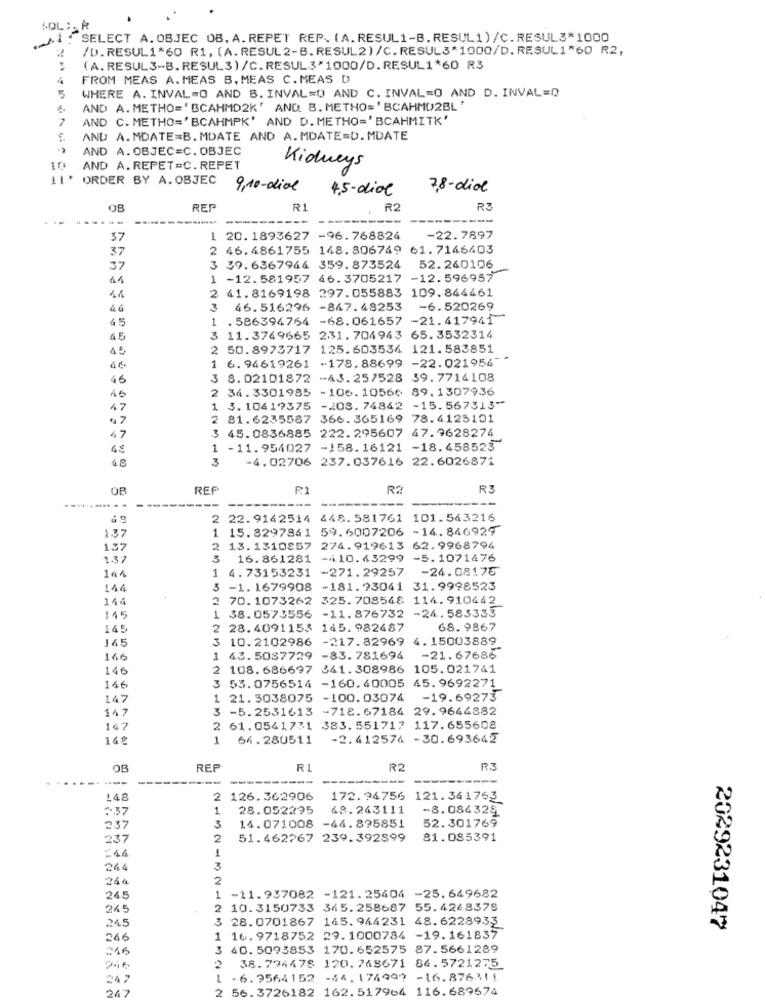
. SELECT A. OBJEC OB. A. REPET REP. (A. RESUL1-B. RESUL1)/C. RESUL3*1000
/D.RESUL1*60 R1, (A.RESUL 2-B. RESUL2)/C.RESUL3*1000/D.RESUL1"60 R2,
(A. RESUL3-B.RESUL3)/C.RESUL3*1000/D.RESUL1*60 R3
4
FROM MEAS A.MEAS B, MEAS C.MEAS D
5
WHERE A. INVAL=O AND B. INVAL=0 AND C. INVAL=O AND D. INVAL=D
AND A. METHO=' BCAHMD2K' AND. B. METHO=' BCAHMD2BL "
7
AND C. METHO='BCAHMPK' AND D. METHO='BCAHMITK'
AND A. MDATE=B. MDATE AND A.MDATE=D. MDATE
AND A. OBJEC=C. OBJEC
Kidneys
AND A.REPET=C. REPET
LI* ORDER BY A. OBJEC
9,10-dial
4.5-dial
7,8-dial
OB
REP
R1
R2
----
37
1 20.1893627 -96.768824
-22.7897
2 46.4861755 148.806749 61.7146403
37
37
3 39.6367946 359.873524
52.240106
1 -12.581957 46.3705217 -12.596957
2 41.8169198 297.055883 109.844461
4.6
3
46.516296 -847.48253
-6.520269
1
. 586394764 -68.061657 -21.417941
45
45
3 11.3749665 231.704943 65.3532314
45
2 50.8973717 125.603534 121.583851
-178.88699 -22.021956 --
4€
1 6.94619261
46
3 8.02101872 -43.257528 39. 7714108
34.3301985 -106.1056¢ 89. 1307936
47
3. 10419375
-208. 74842 -15.567313-
2 81.6235587 366.365169 78.4125101
45.0836885 222.295607 47.9628274
47
1
-11.954027 -158.16121 -18.458523
3
-4.02706 237.037616 22.6026871
OB
REP
F1
R2
R3
-------...
--
------
2 22.9142514
448.581761 101.563216
1 15.8297841 59.6007206 -14.846929
1.37
137
2 13.1310857 274.919613 62.9968794
1.37
3
16. 861281 -410.43299 -5.1071476
4.73153231
-271.29257
-24.08175
144
1
114
3 -1.1679908 -181.93041 31.9998523
144
2 70.1073262
325.708548 114.910442
-24.583333
145
1 38.0573556 -11.876732
145
2 28.4091153 145.982487
68. 9867
165
3 10.2102986 -217.82969
4. 15003889
146
43. 5087729 -83. 781694
-21.67686
146
2 108.686697 341.308986 105.021741
146
53.0756514 -160.40005 45.9692271
147
1 21. 5038075 -100.03074
-19.69273
147
3 -5.2531613 -718.67184 29.9644882
167
2 61.0541731 383. 551717 117.655608
16%
1
64.280511
-2.412574 -30.693642
OB
REP
R1
R2
R3
----
----
------
------
--
148
2
126.362906
172. 94756 121.341763
:37
1
28.052295
68.243111
-8.084329
237
3
14.071008 -44.895851
52. 301769
237
2
51.462267 239.392899
81.085391
:44
244
3
244
2
245
1
-11.937082 -121.25404 -25.649682
265
2 10.3150733 345.258687 55.4268378
245
3 28. 0701867 145. 944231 48.6228933
2029231047
266
1 16.9718752 29.1000784 -19.161837
245
3
40. 5093853 170.652575 87.5661289
38.794478 120. 748671 84.5721275
2
247
· 6.9564152 -34. 174997 -16.876311
2 56.3726182 162.517964 116.689574